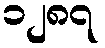
၁၂၈၇